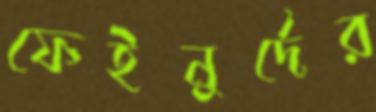
ফেইনুর্দের